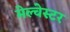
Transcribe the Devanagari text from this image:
मेल्चेस्टर